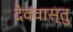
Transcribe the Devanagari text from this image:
देववास्तु